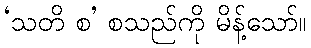
‘သတိ စ’ စသည်ကို မိန့်သော်။